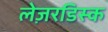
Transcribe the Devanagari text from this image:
लेज़रडिस्क